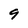
Character: 9